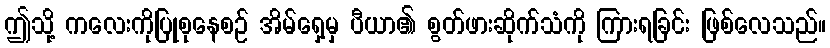
ဤသို့ ကလေးကိုပြုစုနေစဉ် အိမ်ရှေ့မှ ပီယာ၏ စွတ်ဖားဆိုက်သံကို ကြားရခြင်း ဖြစ်လေသည်။